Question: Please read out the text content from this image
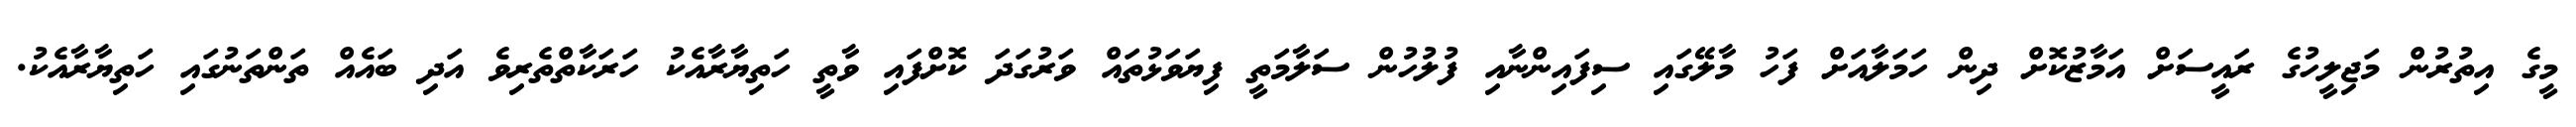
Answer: މީގެ އިތުރުން މަޖިލީހުގެ ރައީސަށް އަމާޒުކޮށް ދިން ހަމަލާއަށް ފަހު މާލޭގައި ސިފައިންނާއި ފުލުހުން ސަލާމަތީ ފިޔަވަޅުތައް ވަރުގަދަ ކޮށްފައި ވާތީ ހަތިޔާރާއެކު ހަރަކާތްތެރިވެ އަދި ބައެއް ތަންތަނުގައި ހަތިޔާރާއެކު.